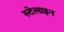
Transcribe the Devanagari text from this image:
स्टेलाइन